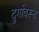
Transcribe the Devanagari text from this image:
दुर्गावरून